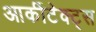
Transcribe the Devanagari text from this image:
आर्कीटेक्ट्स